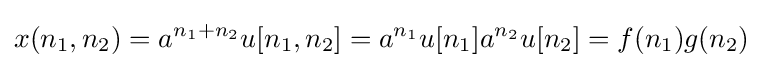
x(n_{1},n_{2})=a^{n_{1}+n_{2}}u[n_{1},n_{2}]=a^{n_{1}}u[n_{1}]a^{n_{2}}u[n_{2}]=f(n_{1})g(n_{2})